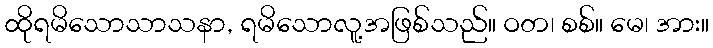
ထိုရမိသောသာသနာ, ရမိသောလူ့အဖြစ်သည်။ ဝတ၊ စစ်။ မေ၊ အား။